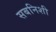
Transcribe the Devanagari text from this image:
सबनिशी